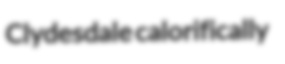
Clydesdale calorifically